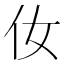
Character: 㚢